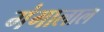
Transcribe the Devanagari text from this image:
गंगालाल